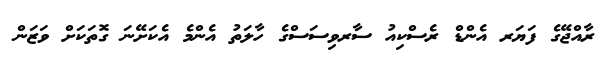
ރާއްޖޭގެ ފަޔަރ އެންޑް ރެސްކިއު ސާރވިސަސްގެ ހާލަތު އެންމެ އެކަށޭނަ ގޮތަކަށް ވަޒަން